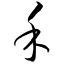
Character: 禾